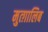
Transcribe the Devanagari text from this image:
मुत्ग़ालिब